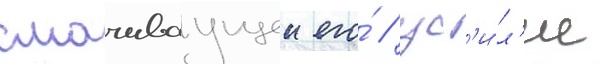
смачиваущеи его́ / ус'и́л'ие